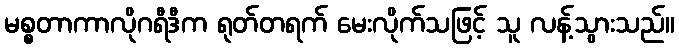
မစ္စတာကာလိုဂရီဒီက ရုတ်တရက် မေးလိုက်သဖြင့် သူ လန့်သွားသည်။